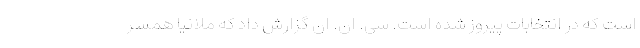
است که در انتخابات پیروز شده است. سی. ان. ان گزارش داد که ملانیا همسر